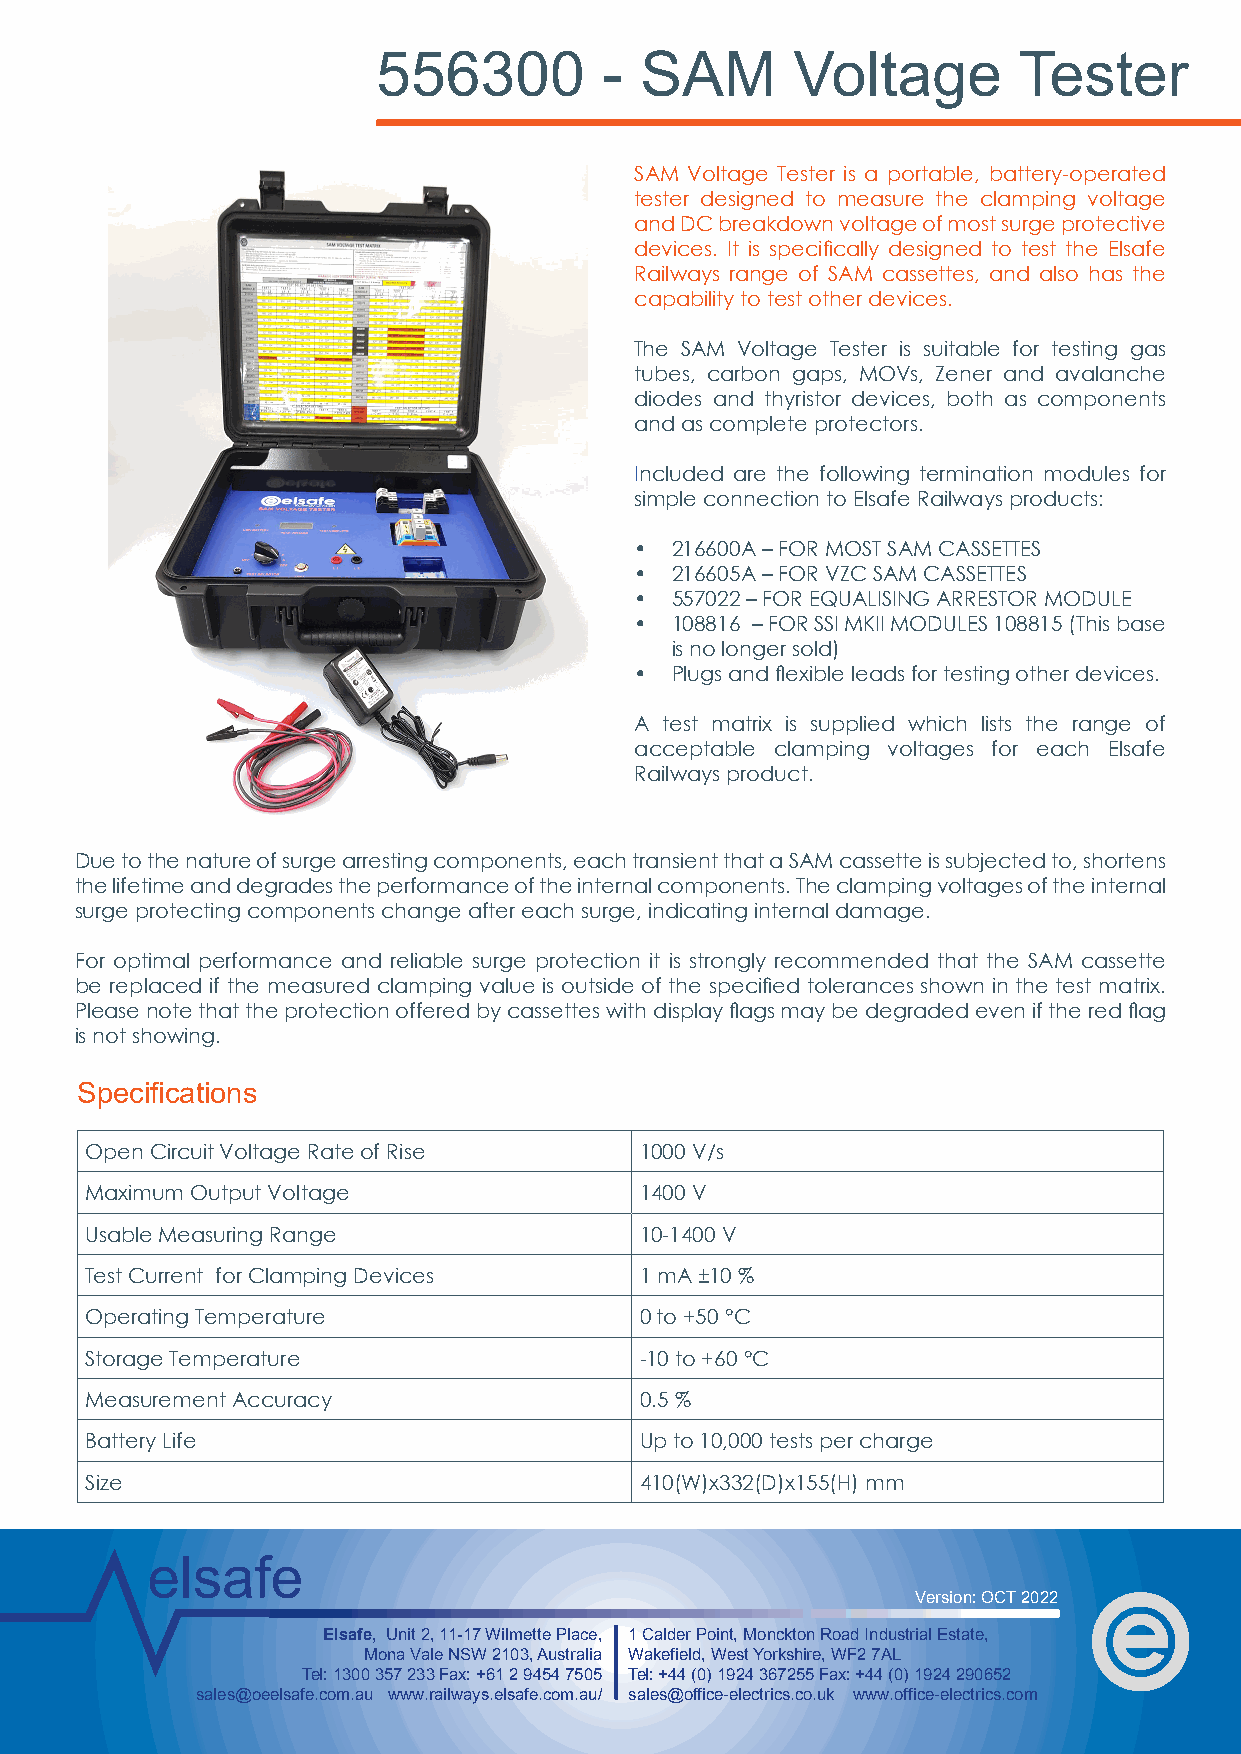
556300         - SAM       Voltage        Tester
 SAM Voltage Tester is a portable, battery-operated
 tester designed to measure the clamping voltage
 and DC breakdown voltage of most surge protective
 devices. It is specifically designed to test the Elsafe
 Railways range of SAM cassettes, and also has the
 capability to test other devices.
 The SAM Voltage Tester is suitable for testing gas
 tubes, carbon gaps, MOVs, Zener and avalanche
 diodes and thyristor devices, both as components
 and as complete protectors.
 Included are the following termination modules for
 simple connection to Elsafe Railways products:
 • 216600A – FOR MOST SAM CASSETTES
 • 216605A – FOR VZC SAM CASSETTES
 • 557022 – FOR EQUALISING ARRESTOR MODULE
 • 108816 – FOR SSI MKII MODULES 108815 (This base
 is no longer sold)
 • Plugs and flexible leads for testing other devices.
 A test matrix is supplied which lists the range of
 acceptable clamping voltages for each Elsafe
 Railways product.
 Due to the nature of surge arresting components, each transient that a SAM cassette is subjected to, shortens
 the lifetime and degrades the performance of the internal components. The clamping voltages of the internal
 surge protecting components change after each surge, indicating internal damage.
 For optimal performance and reliable surge protection it is strongly recommended that the SAM cassette
 be replaced if the measured clamping value is outside of the specified tolerances shown in the test matrix.
 Please note that the protection offered by cassettes with display flags may be degraded even if the red flag
 is not showing.
 Specifications
 Open Circuit Voltage Rate of Rise   1000 V/s
 Maximum Output Voltage              1400 V
 Usable Measuring Range              10-1400 V
 Test Current for Clamping Devices   1 mA ±10 %
 Operating Temperature               0 to +50 °C
 Storage Temperature                 -10 to +60 °C
 Measurement Accuracy                0.5 %
 Battery Life                        Up to 10,000 tests per charge
 Size                                410(W)x332(D)x155(H) mm
 elsafe
 Version: OCT 2022
 Elsafe, Unit 2, 11-17 Wilmette Place, 1 Calder Point, Monckton Road Industrial Estate,
 Mona Vale NSW 2103, Australia Wakefield, West Yorkshire, WF2 7AL
 Tel: 1300 357 233 Fax: +61 2 9454 7505 Tel: +44 (0) 1924 367255 Fax: +44 (0) 1924 290652
 sales@oeelsafe.com.au www.railways.elsafe.com.au/ sales@office-electrics.co.uk www.office-electrics.com